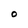
Character: O